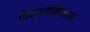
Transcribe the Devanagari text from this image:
विज्ञानविलास